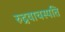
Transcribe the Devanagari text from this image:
रुद्रवाचस्पति